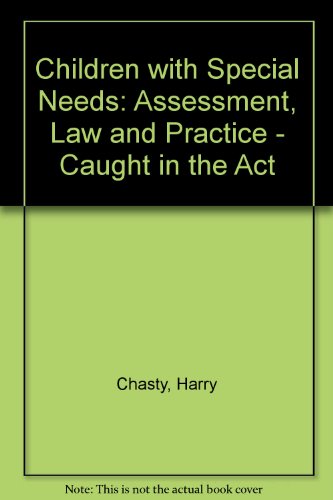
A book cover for CHILDREN W SPECIAL NEEDS 3RD ED PB; Friel; Health, Fitness & Dieting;